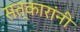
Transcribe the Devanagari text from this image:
सत्कारांनी